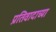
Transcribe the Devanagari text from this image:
प्रतिवादाच्या